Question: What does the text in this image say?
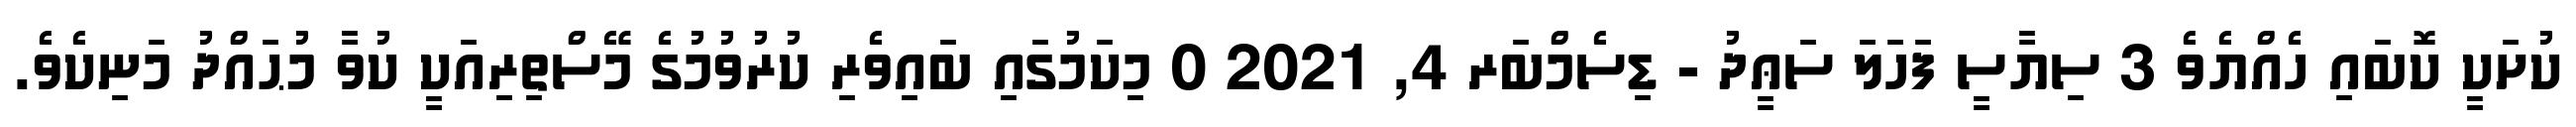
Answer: ކުށަކީ ކޮބައި ހެއްޔެވެ 3 ސިޔާސީ ފަހަލަ ސަޢީދު - ޑިސެމްބަރ 4, 2021 0 މިކަމުގައި ބައިވެރި ކުރުވުމުގެ މޭސްތިރިއަކީ ކުވާ މުޙައްދު މަނިކެވެ.